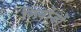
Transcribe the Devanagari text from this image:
लियोजों